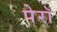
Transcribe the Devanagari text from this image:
पेरॉ